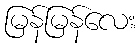
မြန်မြန်လေး